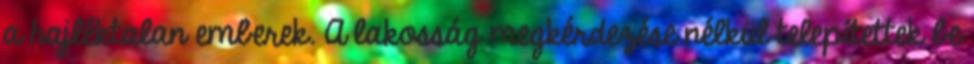
a hajléktalan emberek. A lakosság megkérdezése nélkül telepítettek be